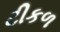
ટીકળ